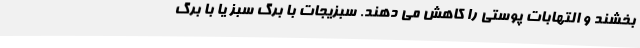
بخشند و التهابات پوستی را کاهش می دهند. سبزیجات با برگ سبز یا با برگ